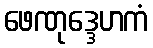
ဖေဏုဒ္ဒေဟကံ